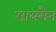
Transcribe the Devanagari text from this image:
सायमैन